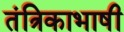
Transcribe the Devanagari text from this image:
तंत्रिकाभाषी